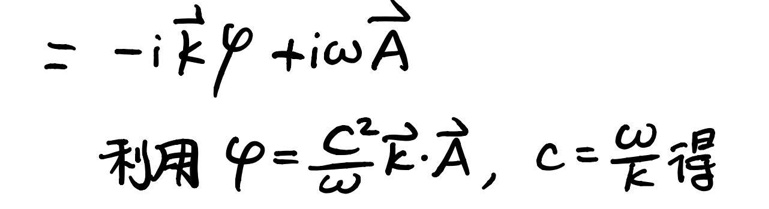
\(= -i\vec{k}\varphi + i\omega\vec{A}\)\\
利用\(  \varphi=\frac{c^2}{\omega}\vec{k}\cdot\vec{A}, c=\frac{\omega}{k}  \)得